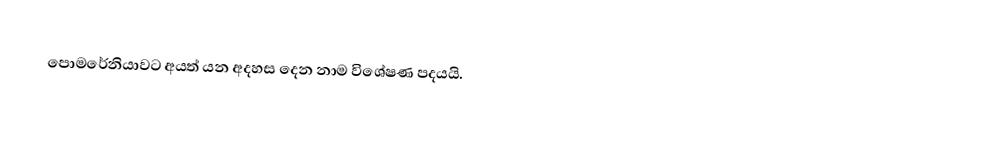
පොමරේනියාවට අයත් යන අදහස දෙන නාම විශේෂණ පදයයි.